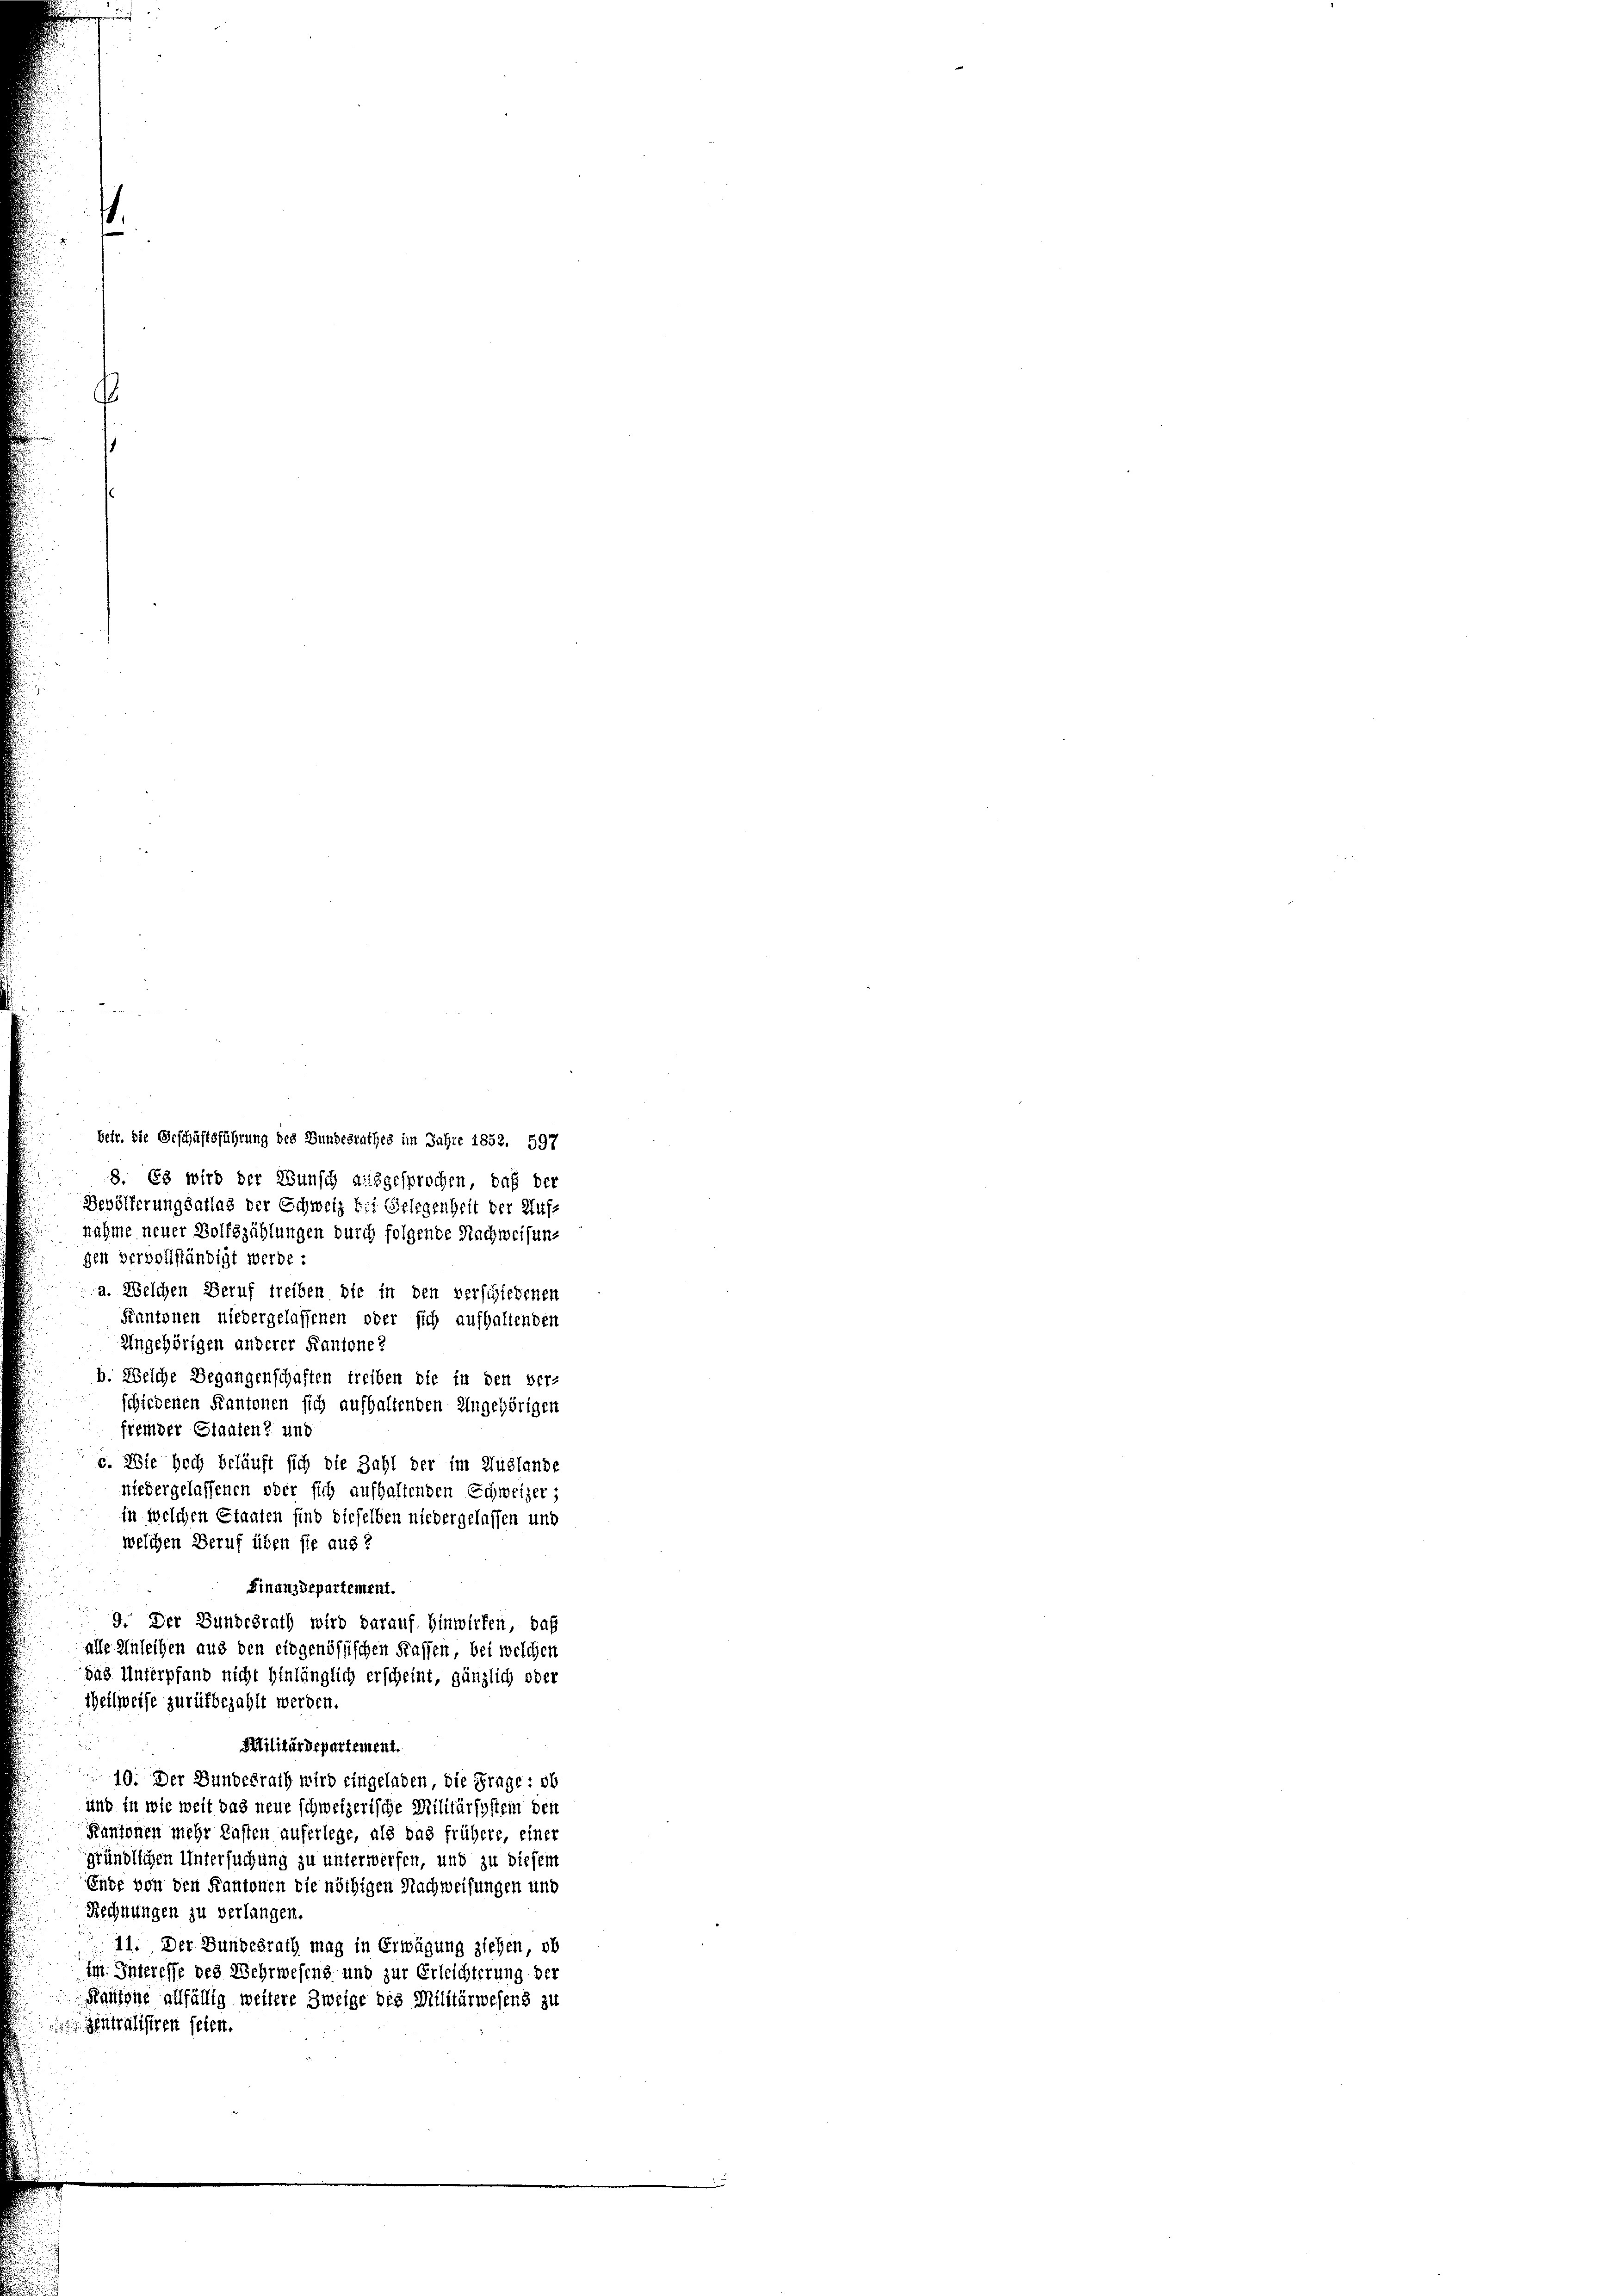
betr. die Geschäftsführung des Bundesrathes im Jahre 1852. 597
8. Es wird der Wunsch ausgesprochen, daß der
Bevölkerungsatlas der Schweiz bei Gelegenheit der Auf-
nahme neuer Bolfszählungen durch folgende Nachweisung
gen vervollständigt werde:
a. Welchen Beruf treiben die in den verschiedenen
Kantonen niedergelassenen oder sich aufhaltenden
Ungehörigen anderer Kantone?
b. Welche Begangenschaften treiben die in den ver-
schiedenen Kantonen sich aufhaltenden Ungehörigen
fremder Staaten? und
c. Wie hoch beläuft sich die Zahl der im Auslande
niedergelassenen oder sich aufhaltenden Schweizer;
in welchen Staaten sind dieselben niedergelassen und
welchen Beruf üben sie aus 2
Finanzdepartement.
9. Der Bundesrath wird darauf. Hinwerfen, daß
alle Anleihen aus den eidgenössischen Kassen, bei welchen
das Unterpfand nicht hinlänglich erscheint, gänzlich oder
Theilweise zurükbezahlt werden.
Militärdepartement.
10. Der Bundesrath wird eingeladen, die Frage: ob
und in wie weit das neue schweizerische Militärsystem den
Kantonen mehr Kasten auferlege, als das frühere, einer
gründlichen Untersuchung zu unterwerfen, und zu diesem
Ende von den Kantonen die nöthigen Nachweisungen und
Rechnungen zu verlangen.
11. Der Bundesrath mag in Erwägung ziehen ob
im Interesse des Wehrwesens und zur Erleichterung der
Raufene allfällig weitere Zweige des Militärwesens zu
 Zentralisiren seien.